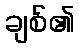
ချစ်၏